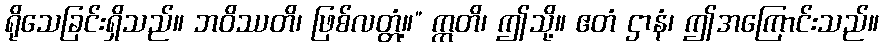
ရိုသေခြင်းရှိသည်။ ဘဝိဿတိ၊ ဖြစ်လတ္တံ့။” ဣတိ၊ ဤသို့။ ဧတံ ဌာနံ၊ ဤအကြောင်းသည်။